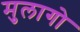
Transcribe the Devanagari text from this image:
मुलागो